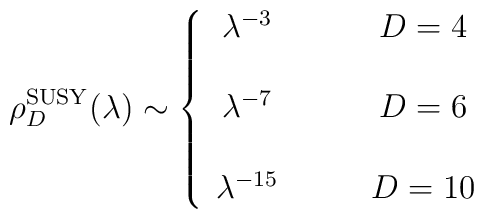
\rho^{\rm SUSY}_D(\lambda) \sim\left\{ \begin{array}{cc}\lambda^{-3} & \qquad D=4  \\ &\\\lambda^{-7} & \qquad D=6  \\&\\ \lambda^{-15} & \qquad D=10 \end{array} \right.